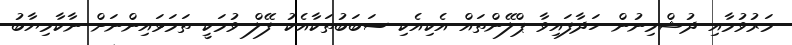
މަރުވުމާއި ދުޝްމިނުން ހަދާފައިވާ ޕްލޭންތައް އެކިއެކި ސަބަބުތަކާއެކު ފޭލް ވުމަކީ ތަމަޅައިންނަށް ނާކާމިޔާބު